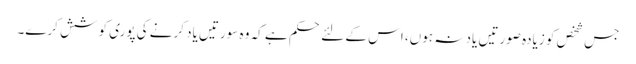
جس شخص کو زیادہ صورتیں یاد نہ ہوں، اس کے لئے حکم ہے کہ وہ سورتیں یاد کرنے کی پوری کوشش کرے۔